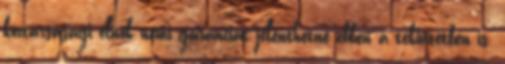
köztársasági elnök némi garanciát jelenthetne ebben a tekintetben is.